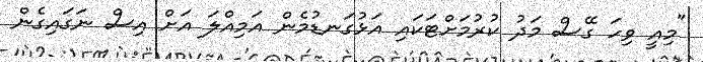
"މިއީ ވިހަ ގޭސް މަދު ކުރުމަށްޓަކައި އަޅުގަނޑުމެން އަމިއްލަ އަށް އިސް ނަގައިގެން